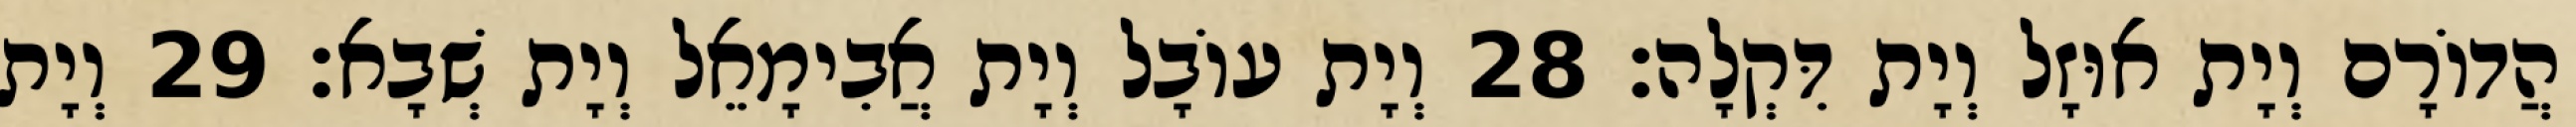
הֲדוֹרָם וְיָת אוּזָל וְיָת דִּקְלָה׃ 28 וְיָת עוֹבָל וְיָת אֲבִימָאֵל וְיָת שְׁבָא׃ 29 וְיָת